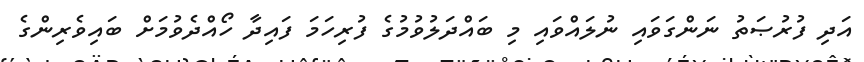
އަދި ފުރުޞަތު ނަންގަވައި ނުލައްވައި މި ބައްދަލުވުމުގެ ފުރިހަމަ ފައިދާ ހޯއްދެވުމަށް ބައިވެރިންގެ